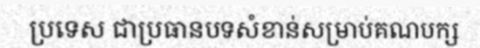
ប្រទេស ជាប្រធានបទសំខាន់សម្រាប់គណបក្ស